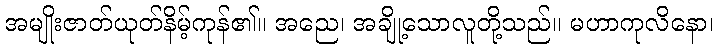
အမျိုးဇာတ်ယုတ်နိမ့်ကုန်၏။ အညေ၊ အချို့သောလူတို့သည်။ မဟာကုလိနော၊